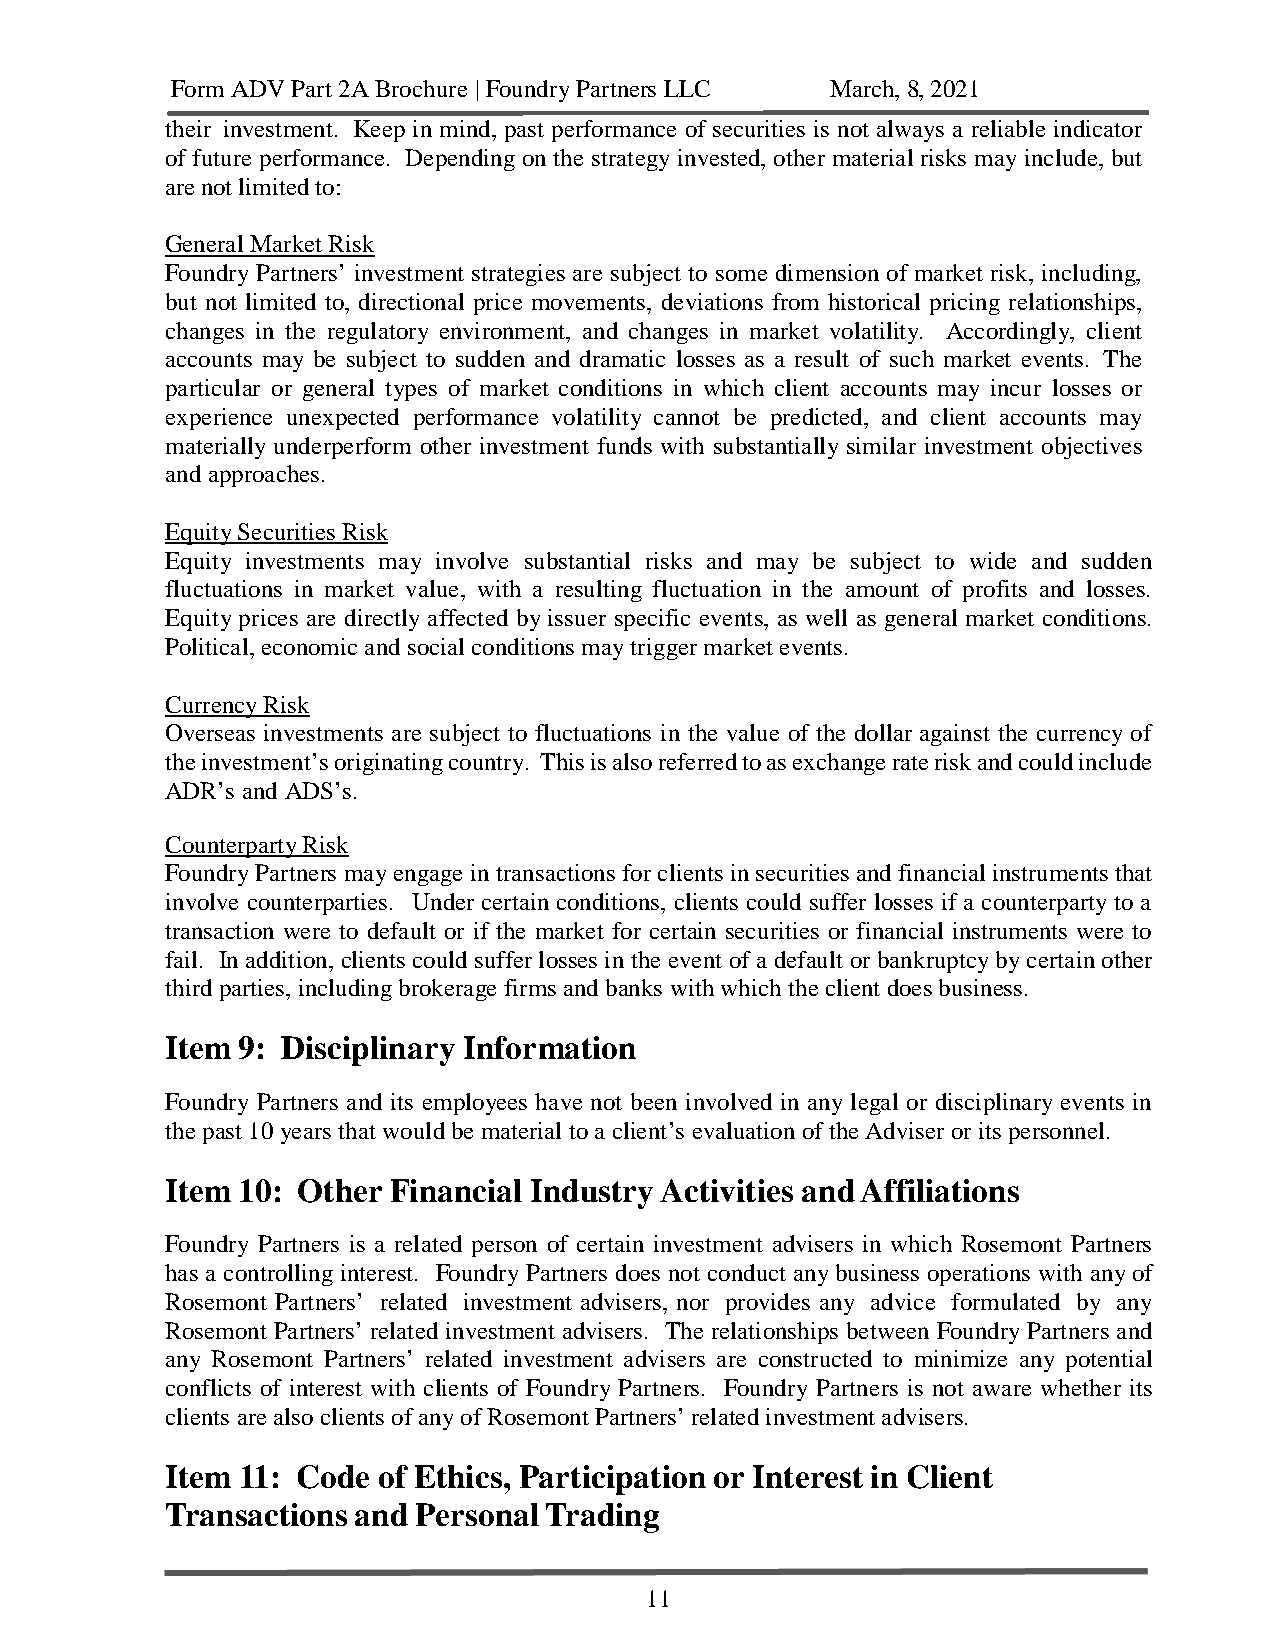
Form ADV Part 2A Brochure | Foundry Partners LLC March, 8, 2021
 their investment. Keep in mind, past performance of securities is not always a reliable indicator
 of future performance. Depending on the strategy invested, other material risks may include, but
 are not limited to:
 General Market Risk
 Foundry Partners’ investment strategies are subject to some dimension of market risk, including,
 but not limited to, directional price movements, deviations from historical pricing relationships,
 changes in the regulatory environment, and changes in market volatility. Accordingly, client
 accounts may be subject to sudden and dramatic losses as a result of such market events. The
 particular or general types of market conditions in which client accounts may incur losses or
 experience unexpected performance volatility cannot be predicted, and client accounts may
 materially underperform other investment funds with substantially similar investment objectives
 and approaches.
 Equity Securities Risk
 Equity investments may involve substantial risks and may be subject to wide and sudden
 fluctuations in market value, with a resulting fluctuation in the amount of profits and losses.
 Equity prices are directly affected by issuer specific events, as well as general market conditions.
 Political, economic and social conditions may trigger market events.
 Currency Risk
 Overseas investments are subject to fluctuations in the value of the dollar against the currency of
 the investment’s originating country. This is also referred to as exchange rate risk and could include
 ADR’s and ADS’s.
 Counterparty Risk
 Foundry Partners may engage in transactions for clients in securities and financial instruments that
 involve counterparties. Under certain conditions, clients could suffer losses if a counterparty to a
 transaction were to default or if the market for certain securities or financial instruments were to
 fail. In addition, clients could suffer losses in the event of a default or bankruptcy by certain other
 third parties, including brokerage firms and banks with which the client does business.
 Item 9: Disciplinary Information
 Foundry Partners and its employees have not been involved in any legal or disciplinary events in
 the past 10 years that would be material to a client’s evaluation of the Adviser or its personnel.
 Item 10: Other Financial Industry Activities and Affiliations
 Foundry Partners is a related person of certain investment advisers in which Rosemont Partners
 has a controlling interest. Foundry Partners does not conduct any business operations with any of
 Rosemont Partners’ related investment advisers, nor provides any advice formulated by any
 Rosemont Partners’ related investment advisers. The relationships between Foundry Partners and
 any Rosemont Partners’ related investment advisers are constructed to minimize any potential
 conflicts of interest with clients of Foundry Partners. Foundry Partners is not aware whether its
 clients are also clients of any of Rosemont Partners’ related investment advisers.
 Item 11: Code of Ethics, Participation or Interest in Client
 Transactions and Personal Trading
 11